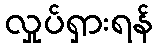
လှုပ်ရှားရန်